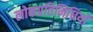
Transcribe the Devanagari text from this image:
लोकप्रतिनिधियों